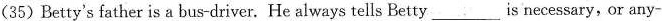
(35 )Betty's father is a bus-driver. He always tells Betty___is necessary, or any-